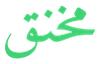
مخنق